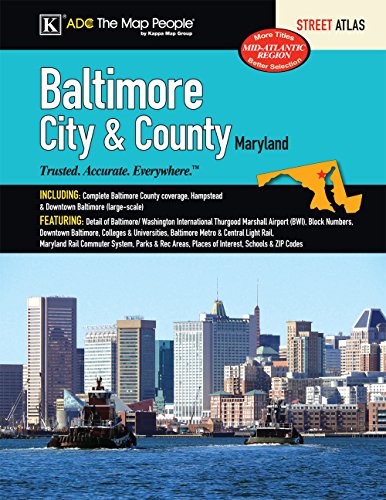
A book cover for Baltimore, Maryland City & County Street Atlas; Kappa Map Group; Travel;